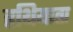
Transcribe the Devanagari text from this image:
हथियाता